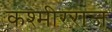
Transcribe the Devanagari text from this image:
कश्मीरराज